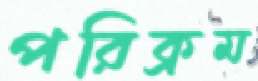
পরিক্রম